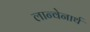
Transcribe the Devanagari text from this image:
लान्वेनार्थ